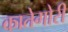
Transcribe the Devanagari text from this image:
कातेगोरी